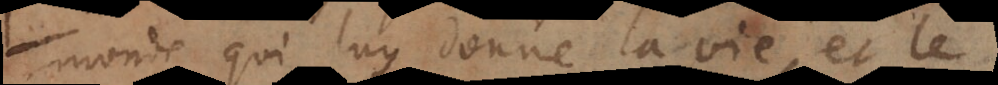
monde qui luy donne la vie, et le